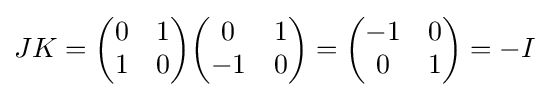
JK={\begin{pmatrix}0&1\\1&0\end{pmatrix}}{\begin{pmatrix}0&1\\-1&0\end{pmatrix}}={\begin{pmatrix}-1&0\\0&1\end{pmatrix}}=-I